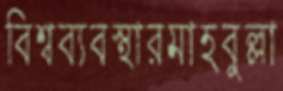
বিশ্বব্যবস্থারমাহবুল্লা